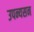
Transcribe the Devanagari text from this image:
उपन्यसन